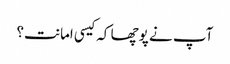
آپ نے پوچھا کہ کیسی امانت؟